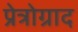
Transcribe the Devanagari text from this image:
प्रेत्रोग्राद